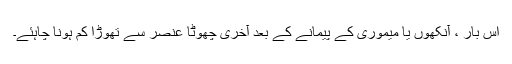
اس بار ، آنکھوں یا میموری کے پیمانے کے بعد آخری چھوٹا عنصر سے تھوڑا کم ہونا چاہئے۔